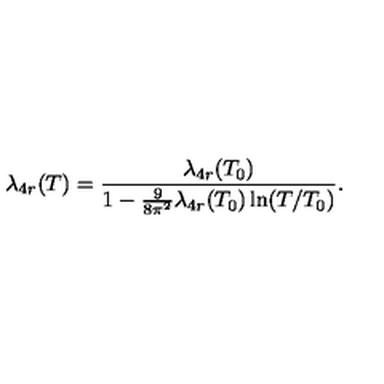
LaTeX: \lambda _ { 4 r } ( T ) = \frac { \lambda _ { 4 r } ( T _ { 0 } ) } { 1 - \frac { 9 } { 8 \pi ^ { 2 } } \lambda _ { 4 r } ( T _ { 0 } ) \ln ( T / T _ { 0 } ) } .